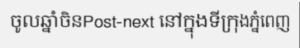
ចូលឆ្នាំចិនPost-next នៅក្នុងទីក្រុងភ្នំពេញ